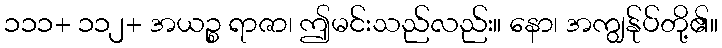
၁၁၁+ ၁၁၂+ အယဉ္စ ရာဇာ၊ ဤမင်းသည်လည်း။ နော၊ အကျွန်ုပ်တို့၏။